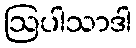
ဩပါသာဒါ